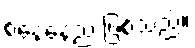
စနေနေ့ည ဖြစ်သည်။